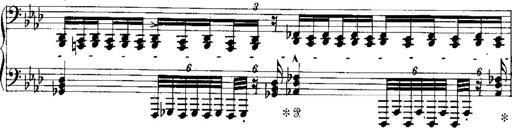
Title: Miserere du Trovatore
Composer: Franz Liszt